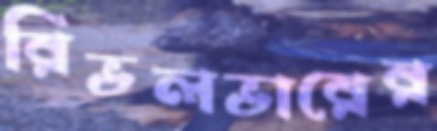
রিভলভারের